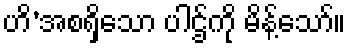
ဟိ’အစရှိသော ပါဌ်ကို မိန့်သော်။